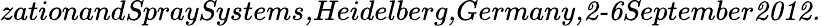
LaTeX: \textit{zationandSpraySystems,Heidelberg,Germany,2-6September2012.}